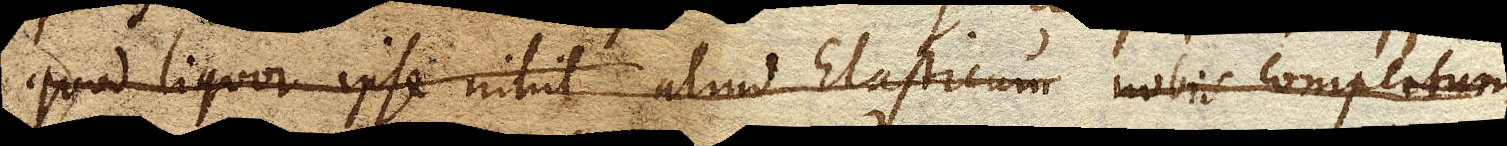
quod liquor ipse nihil aliud Elasticum nobis compertum